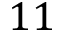
1 1